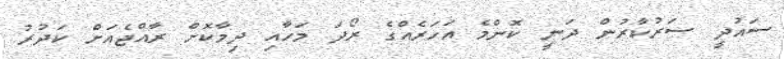
ސައުދީ ސަރުކާރުން ދަނީ ކޮންމެ އަހަރެއްގެ ރޯދަ މަހާއި ދިމާކޮށް ރާއްޖެއަށް ކަދުރު